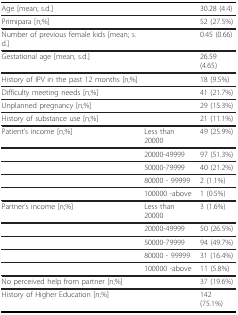
<table><thead><tr><td><b>Age [mean; s.d.]</b></td><td></td><td><b>30.28 (4.4)</b></td></tr></thead><tbody><tr><td>Primipara [n;%]</td><td></td><td>52 (27.5%)</td></tr><tr><td>Number of previous female kids [mean; s.d.]</td><td></td><td>0.45 (0.66)</td></tr><tr><td>Gestational age [mean; s.d.]</td><td></td><td>26.59 (4.65)</td></tr><tr><td>History of IPV in the past 12 months [n;%]</td><td></td><td>18 (9.5%)</td></tr><tr><td>Difficulty meeting needs [n;%]</td><td></td><td>41 (21.7%)</td></tr><tr><td>Unplanned pregnancy [n;%]</td><td></td><td>29 (15.3%)</td></tr><tr><td>History of substance use [n;%]</td><td></td><td>21 (11.1%)</td></tr><tr><td>Patient&#x27;s income [n;%]</td><td>Less than 20000</td><td>49 (25.9%)</td></tr><tr><td></td><td>20000-49999</td><td>97 (51.3%)</td></tr><tr><td></td><td>50000-79999</td><td>40 (21.2%)</td></tr><tr><td></td><td>80000 - 99999</td><td>2 (1.1%)</td></tr><tr><td></td><td>100000 -above</td><td>1 (0.5%)</td></tr><tr><td>Partner&#x27;s income [n;%]</td><td>Less than 20000</td><td>3 (1.6%)</td></tr><tr><td></td><td>20000-49999</td><td>50 (26.5%)</td></tr><tr><td></td><td>50000-79999</td><td>94 (49.7%)</td></tr><tr><td></td><td>80000 - 99999</td><td>31 (16.4%)</td></tr><tr><td></td><td>100000 -above</td><td>11 (5.8%)</td></tr><tr><td>No perceived help from partner [n;%]</td><td></td><td>37 (19.6%)</td></tr><tr><td>History of Higher Education [n;%]</td><td></td><td>142 (75.1%)</td></tr></tbody></table>